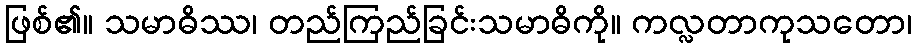
ဖြစ်၏။ သမာဓိဿ၊ တည်ကြည်ခြင်းသမာဓိကို။ ကလ္လတာကုသတော၊